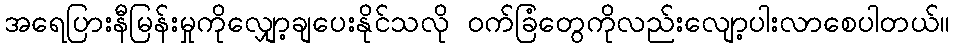
အရေပြားနီမြန်းမှုကိုလျှော့ချပေးနိုင်သလို ဝက်ခြံတွေကိုလည်းလျော့ပါးလာစေပါတယ်။